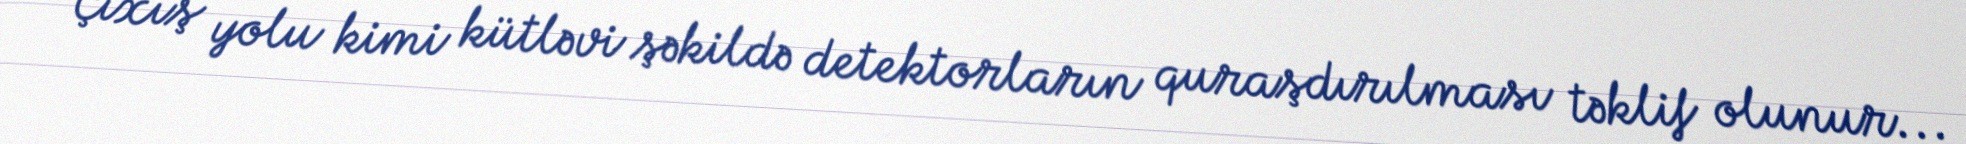
Çıxış yolu kimi kütləvi şəkildə detektorların quraşdırılması təklif olunur...